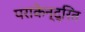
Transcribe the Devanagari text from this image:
पराकेन्द्रित